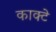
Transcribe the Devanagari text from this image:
काक्टे